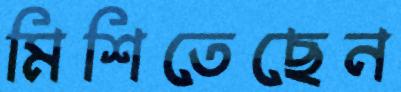
মিশিতেছেন